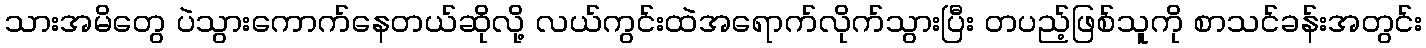
သားအမိတွေ ပဲသွားကောက်နေတယ်ဆိုလို့ လယ်ကွင်းထဲအရောက်လိုက်သွားပြီး တပည့်ဖြစ်သူကို စာသင်ခန်းအတွင်း